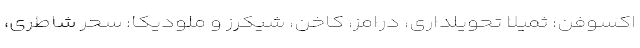
اکسوفن: ثمیلا تحویلداری، درامز، کاخن، شیکرز و ملودیکا: سحر ‌شاطری،